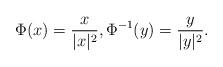
LaTeX: \begin{align*} \Phi(x)= \frac{x}{|x|^2}, \Phi^{-1}(y)= \frac{y}{|y|^2}.\end{align*}